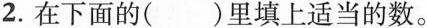
2.在下面的()里填上适当的数。